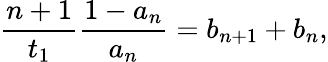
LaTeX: \frac{n+1}{t_{1}}\frac{1-a_{n}}{a_{n}}=b_{n+1}+b_{n},